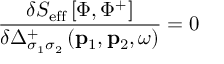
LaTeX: \frac { \delta S _ { \mathrm { e f f } } \left[ \Phi , \Phi ^ { + } \right] } { \delta \Delta _ { \sigma _ { 1 } \sigma _ { 2 } } ^ { + } \left( \mathbf { p } _ { 1 } , \mathbf { p } _ { 2 } , \omega \right) } = 0